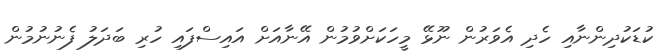
ކުޑަކުދިންނާއި ހެދި އެވަރުން ނޫޅޭ މީހަކަށްވުމުން އޭނާއަށް އައިސްފައި ހުރި ބަދަލު ފެނުނުމުން